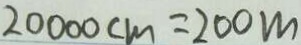
2 0 0 0 0 c m = 2 0 0 m